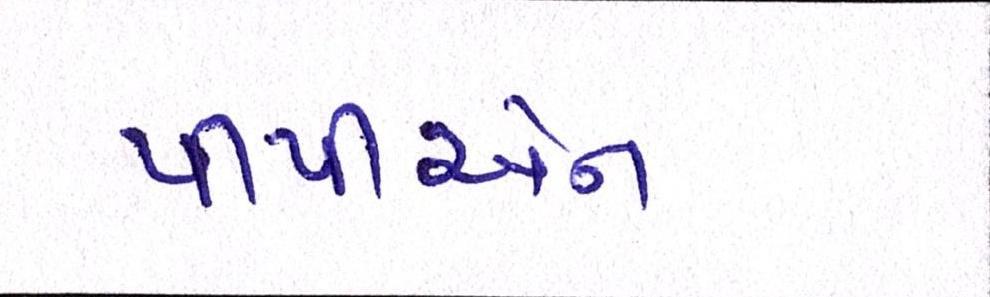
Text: પીપીએન